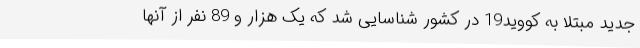
جدید مبتلا به کووید19 در کشور شناسایی شد که یک هزار و 89 نفر از آنها